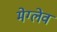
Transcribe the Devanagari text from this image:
मेग्लेव